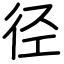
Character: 径